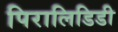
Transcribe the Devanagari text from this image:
पिरालिडिडी